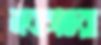
নবাগতরা